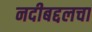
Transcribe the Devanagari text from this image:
नदीबद्दलचा